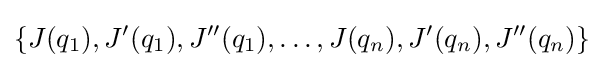
\left\{J(q_{1}),J'(q_{1}),J''(q_{1}),\ldots ,J(q_{n}),J'(q_{n}),J''(q_{n})\right\}